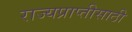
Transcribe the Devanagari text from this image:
राज्यप्राप्तीसाठी